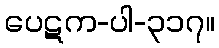
ပေဋက-ပါ-၃၁၇။